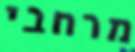
מרחבי